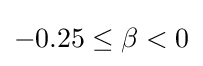
-0.25\leq \beta <0